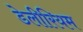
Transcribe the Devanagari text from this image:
डेलीरियम